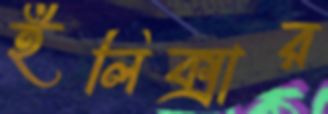
ইলিক্সার